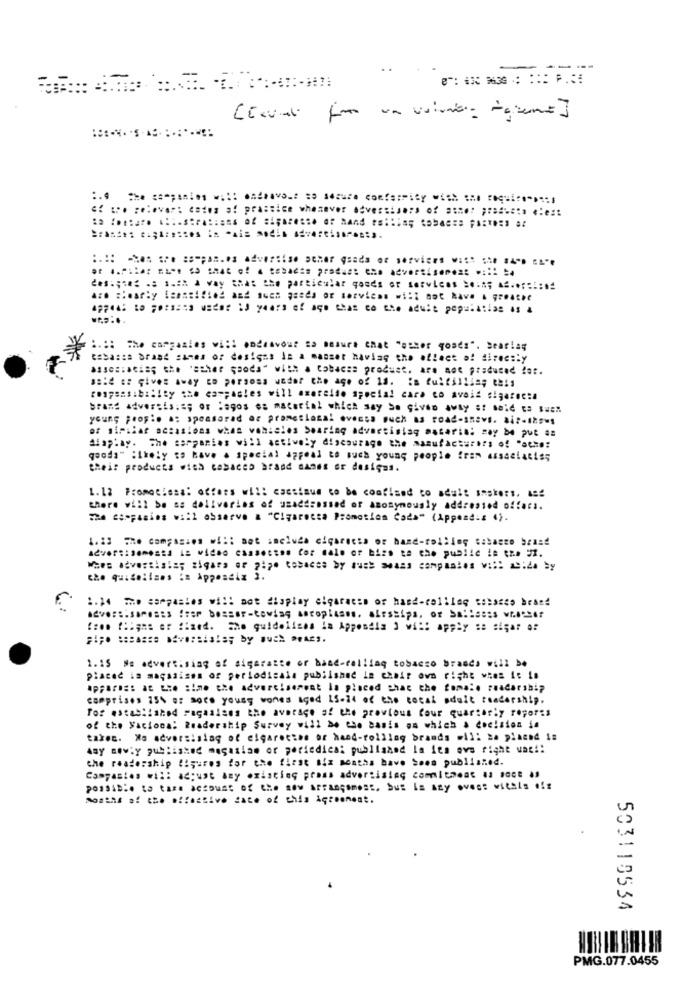
..
:.:: The companies vi :: ondeavoue so mesure chat "etter goods". Searias
casasis brand sames of designs In a manser having the effect of directly
said to give away to persons weder the age of 1d. : a Cuiillia; this
responsibility she campasles will exercise special cara co avoid cigarec:a
brand advertis :=; or lagos es material which may be given away at said a suez
young people a: spessorad or promotional ovocso much as road-snavs. ai :- 125-1
et similar occasions when voh:eles Soaring advertistag mataris: may be put a:
display. The aseponios will actively discourage the .anufactures of "acho:
qooda" likely to have a special appeal to such young people fram assacialis;
their products wies casaces brand names or designs.
1. 12 Fromoclesa: offers will cassisum co be confined to adult maskers. 15!
there will be ss deliveries of usaddressed or anonymously addressed offars.
The ctopusins w :: 1 observe a "Cigaretta Promotion Cada" (Appena.z 4).
che quidelines is Appendix 3.
1.14 mmo sargastos will not display elgaracan or hand-collleg tobacco brand
free (Higas er fixed. She guidelines in Appendia ) will apply se sigar o!
1.15 Ms advertising of sigaratte or band-rolling tobacco brands will be
placed is magasisen of periodicala published in chair own right wins i: La
ApFaros: at Lie sime the advertisement la placed that the Coma :. readership
comprises 15% or soto young vores aged 15-14 of the total adult readership.
For established Pagasises the average of the previous Cour quarterly reports
of the Vaciona: Readership Survey will be the basis on which & Cocision in
taxes. Xs advertising of cigarettes of hand-rolling brands will be placed is
Asy newly published magasiam or periedica: published la its ovs fight wat !!
the readership figures for the first six months bave been published.
Compasies wil: acpuat any existing press advertising comitheat # #Got A
Months of the native date of this Agreement.
503115534
PMG.077.0455